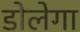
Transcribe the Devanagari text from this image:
डोलेगा